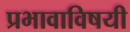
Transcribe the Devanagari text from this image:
प्रभावाविषयी